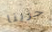
حزينا